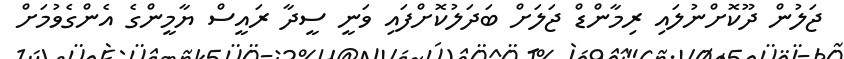
ޖަލުން ދޫކޮށްނުލައި ރިމާންޑް ޖަލަށް ބަދަލުކޮށްފައި ވަނީ ސީދާ ރައީސް ޔާމީންގެ އެންގެވުމަށް